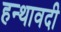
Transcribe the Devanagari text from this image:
हन्थावदी